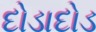
દોડાદોડ